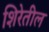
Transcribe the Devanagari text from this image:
शिरेतील